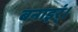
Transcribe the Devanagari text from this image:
बनाइर्ं।